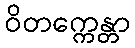
ဝိတက္ကေန္တာ